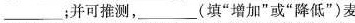
___；并可推测，___(填”增加”或”降低”)麦